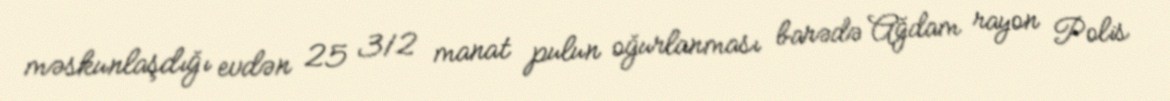
məskunlaşdığı evdən 25 312 manat pulun oğurlanması barədə Ağdam rayon Polis